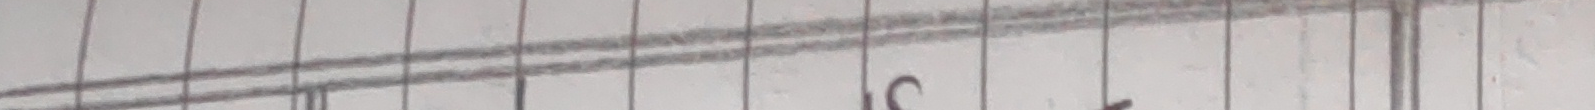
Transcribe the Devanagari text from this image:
छत